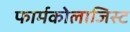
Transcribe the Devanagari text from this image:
फार्मकोलाजिस्ट